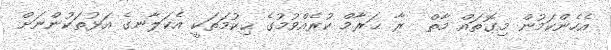
އެހެންކަމުން މިގޮތައް މާތް  ރާ ޙަރާމް ކުރެއްވުމުގެ ޙިކުމަތަކީ އެކަލާނގެ އަޅުތަކުންނަށް